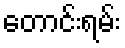
တောင်းရမ်း